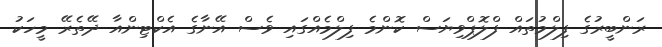
ރަންބީރުގެ ފިލްމުތައް ފްލޮޕްވިޔަސް ކޮންމެ ފިލްމެއްގައި ވެސް އޭނާގެ އެކްޓިންއާ ދޭތެރޭ މީހަކު